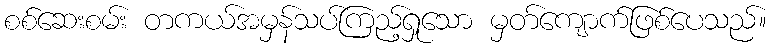
စစ်ဆေးစမ်း တကယ်အမှန်သပ်ကြည့်ရှုသော မှတ်ကျောက်ဖြစ်ပေသည်။